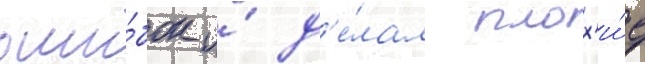
оши́бок и́ д'е́лал плох'и́е